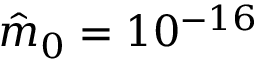
\hat { m } _ { 0 } = 1 0 ^ { - 1 6 }